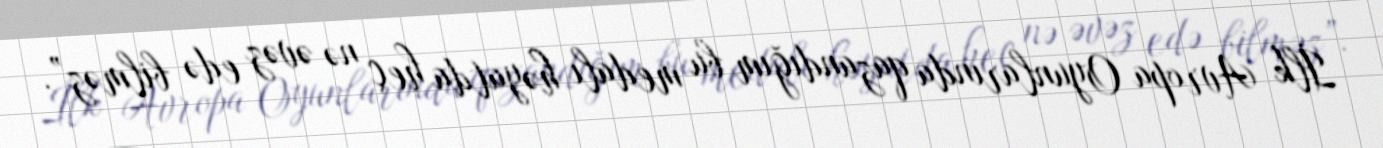
İlk Avropa Oyunlarında qazandığım bu medalı həyatda heç nə əvəz edə bilməz”.